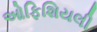
ઓફિશિયલી